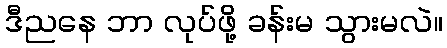
ဒီညနေ ဘာ လုပ်ဖို့ ခန်းမ သွားမလဲ။